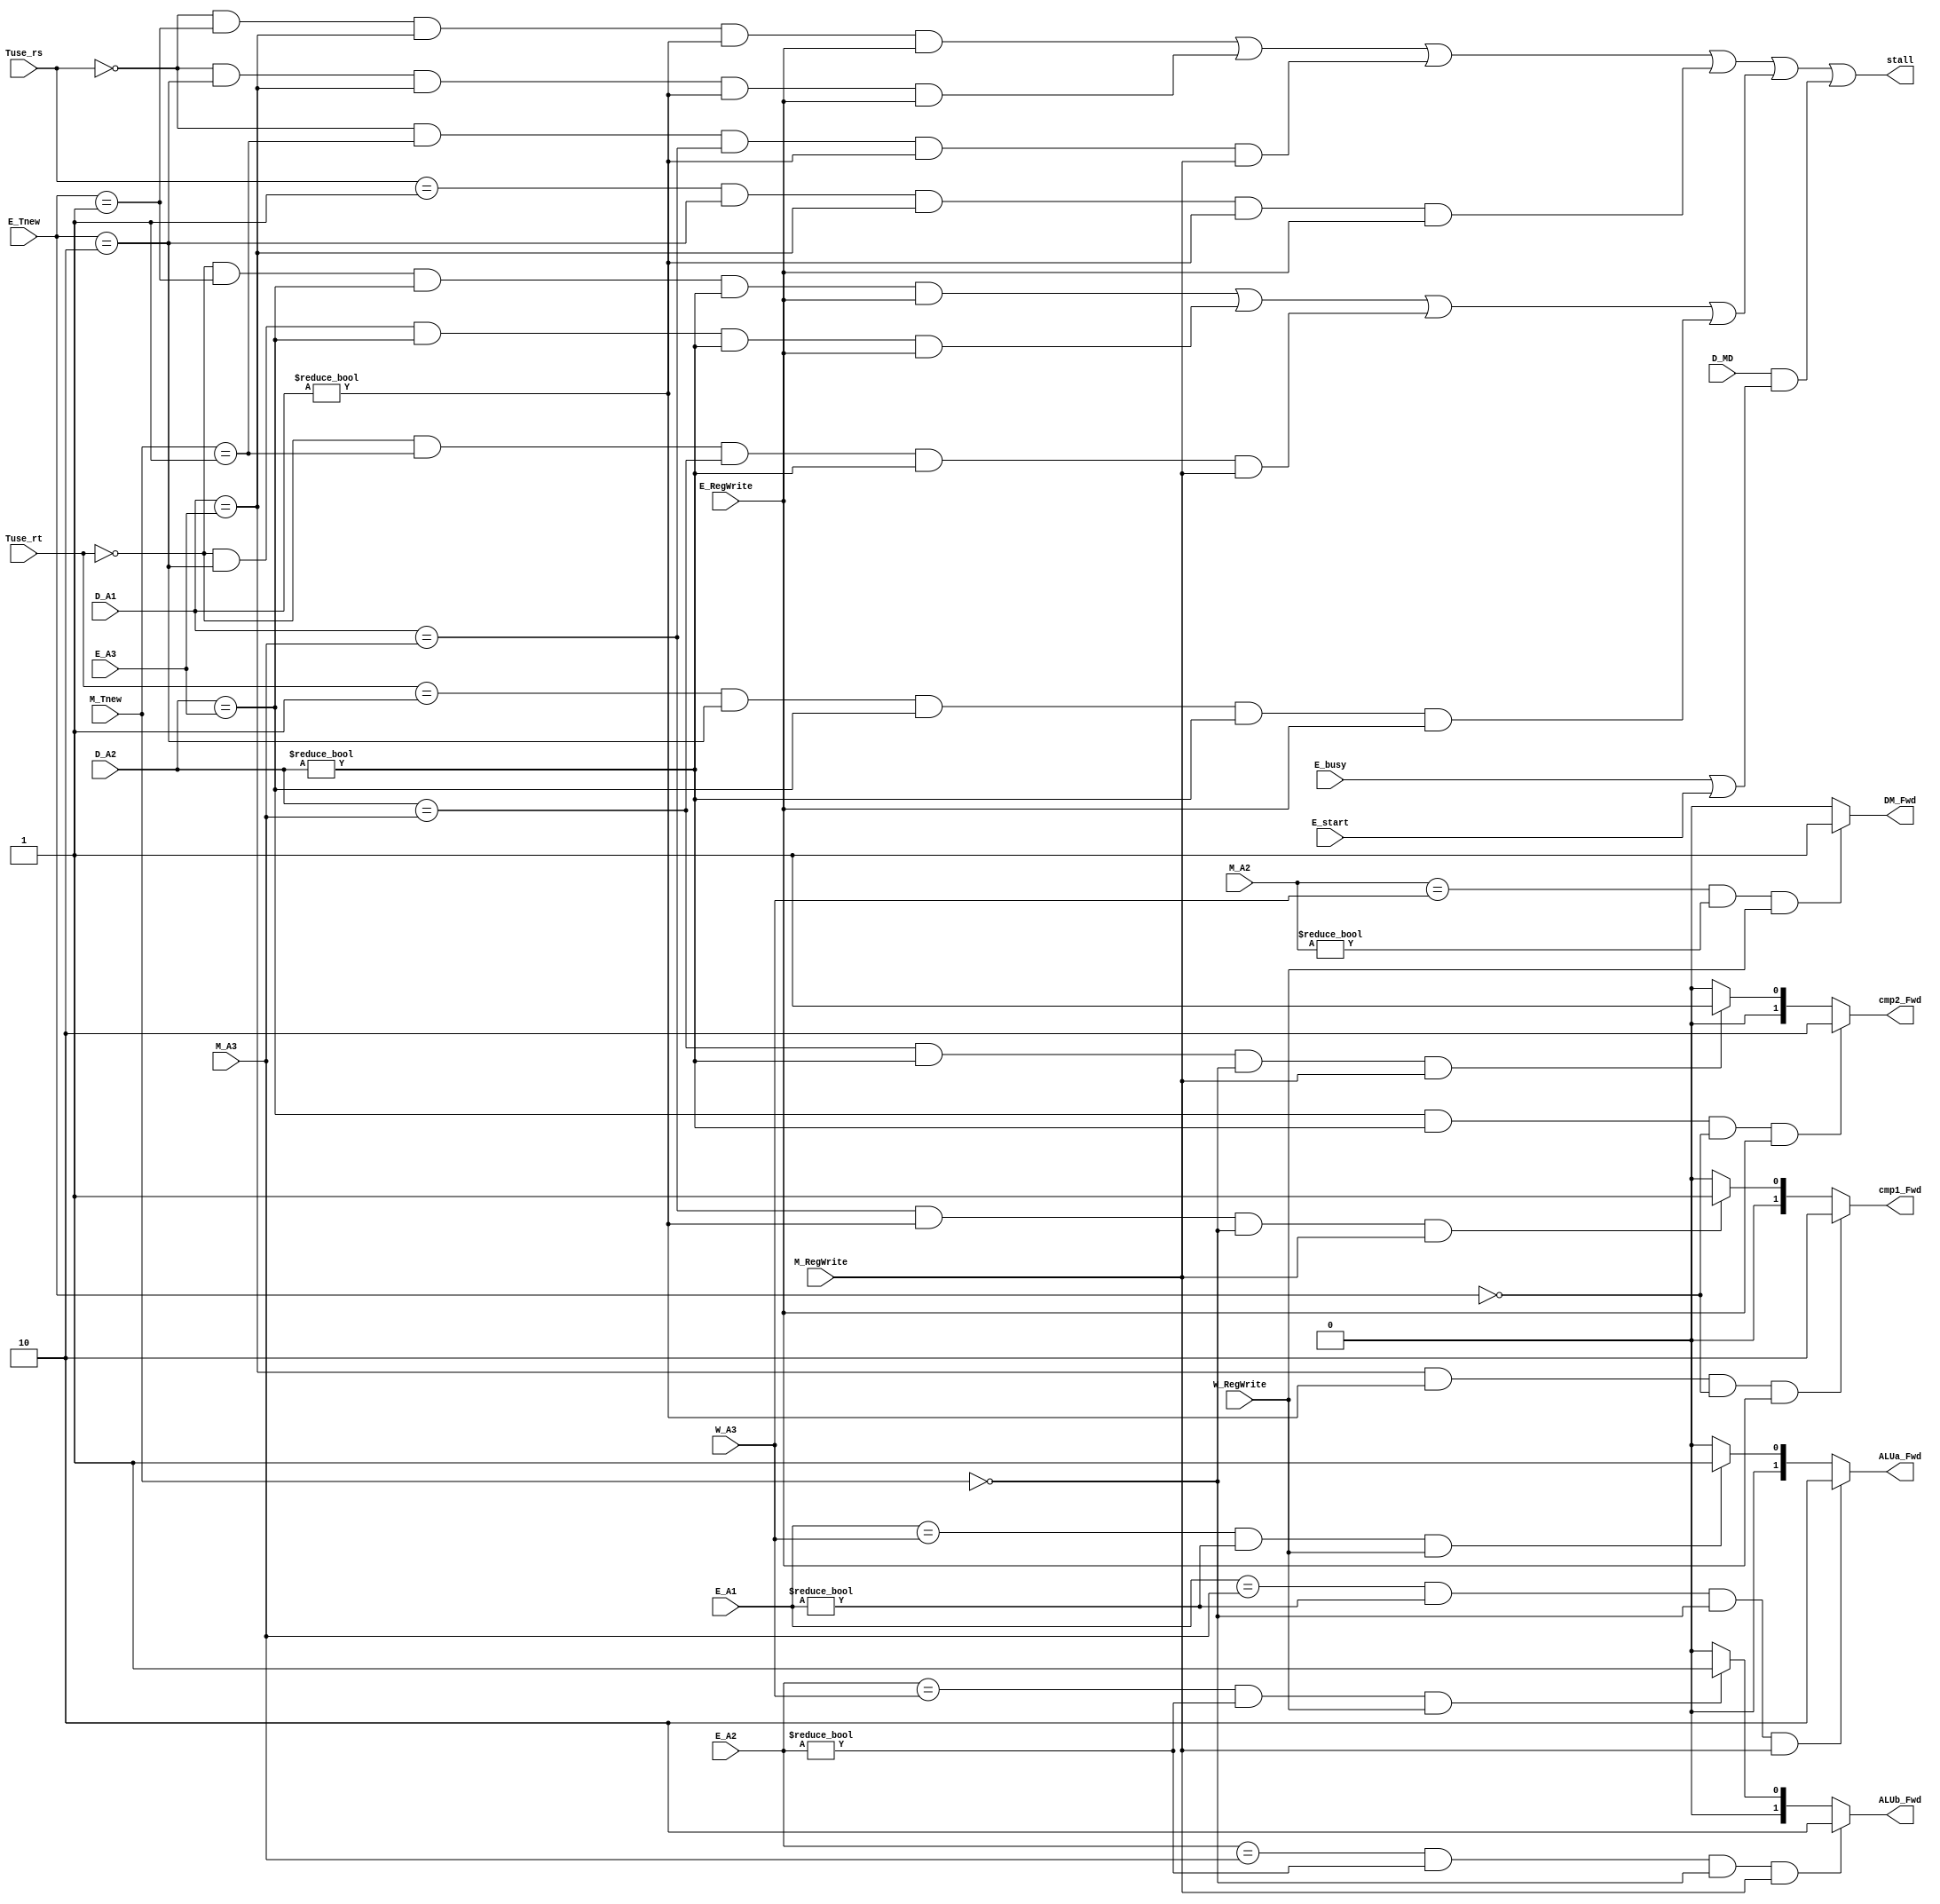
module HCU (
    //input
    input [1:0] Tuse_rs,
    input [1:0] Tuse_rt,
    input [1:0] E_Tnew,
    input [1:0] M_Tnew,
	input E_RegWrite,
	input M_RegWrite,
	input W_RegWrite,
    input [4:0] D_A1,
    input [4:0] D_A2,
    input [4:0] E_A1,
    input [4:0] E_A2,
    input [4:0] E_A3,
    input [4:0] M_A2,
    input [4:0] M_A3,
    input [4:0] W_A3,
    input D_MD,
    input E_busy,
    input E_start,
    //output
    output stall,
    output [1:0] cmp1_Fwd,
    output [1:0] cmp2_Fwd,
    output [1:0] ALUa_Fwd,
    output [1:0] ALUb_Fwd,
    output DM_Fwd
);
    //W_Tnew = 2'b00
	 wire [1:0] W_Tnew;
	 assign W_Tnew = 2'b00;
	 
    //stall
    //stall_rs
    wire stall_rs0_e1,stall_rs0_e2,stall_rs0_m1,stall_rs1_e2;
    assign stall_rs0_e1 = (Tuse_rs == 2'b00) && (E_Tnew == 2'b01) && (D_A1 == E_A3) && (D_A1 != 5'b00000) && E_RegWrite;
    assign stall_rs0_e2 = (Tuse_rs == 2'b00) && (E_Tnew == 2'b10) && (D_A1 == E_A3) && (D_A1 != 5'b00000) && E_RegWrite;
    assign stall_rs0_m1 = (Tuse_rs == 2'b00) && (M_Tnew == 2'b01) && (D_A1 == M_A3) && (D_A1 != 5'b00000) && M_RegWrite;
    assign stall_rs1_e2 = (Tuse_rs == 2'b01) && (E_Tnew == 2'b10) && (D_A1 == E_A3) && (D_A1 != 5'b00000) && E_RegWrite;
    //stall_rt
    wire stall_rt0_e1,stall_rt0_e2,stall_rt0_m1,stall_rt1_e2;
    assign stall_rt0_e1 = (Tuse_rt == 2'b00) && (E_Tnew == 2'b01) && (D_A2 == E_A3) && (D_A2 != 5'b00000) && E_RegWrite;
    assign stall_rt0_e2 = (Tuse_rt == 2'b00) && (E_Tnew == 2'b10) && (D_A2 == E_A3) && (D_A2 != 5'b00000) && E_RegWrite;
    assign stall_rt0_m1 = (Tuse_rt == 2'b00) && (M_Tnew == 2'b01) && (D_A2 == M_A3) && (D_A2 != 5'b00000) && M_RegWrite;
    assign stall_rt1_e2 = (Tuse_rt == 2'b01) && (E_Tnew == 2'b10) && (D_A2 == E_A3) && (D_A2 != 5'b00000) && E_RegWrite;
    //stall_MD
    wire stall_MD;
    assign stall_MD = D_MD && (E_busy || E_start);
    //stall
    wire stall_rs,stall_rt;
    assign stall_rs = stall_rs0_e1 || stall_rs0_e2 || stall_rs0_m1 || stall_rs1_e2;
    assign stall_rt = stall_rt0_e1 || stall_rt0_e2 || stall_rt0_m1 || stall_rt1_e2;
    assign stall = stall_rs || stall_rt || stall_MD;

    //Hazard
    assign cmp1_Fwd = ((D_A1 == E_A3) && (D_A1 != 5'b00000) && (E_Tnew == 2'b00) && E_RegWrite) ? 2'b10:
	                   ((D_A1 == M_A3) && (D_A1 != 5'b00000) && (M_Tnew == 2'b00) && M_RegWrite) ? 2'b01 :
                      2'b00;
    assign cmp2_Fwd = ((D_A2 == E_A3) && (D_A2 != 5'b00000) && (E_Tnew == 2'b00) && E_RegWrite) ? 2'b10:
	                   ((D_A2 == M_A3) && (D_A2 != 5'b00000) && (M_Tnew == 2'b00) && M_RegWrite) ? 2'b01 :
                      2'b00;
    assign ALUa_Fwd = ((E_A1 == M_A3) && (E_A1 != 5'b00000) && (M_Tnew == 2'b00) && M_RegWrite ) ? 2'b10 :
                      ((E_A1 == W_A3) && (E_A1 != 5'b00000) && (W_Tnew == 2'b00) && W_RegWrite) ? 2'b01 :
                      2'b00;
    assign ALUb_Fwd = ((E_A2 == M_A3) && (E_A2 != 5'b00000) && (M_Tnew == 2'b00) && M_RegWrite ) ? 2'b10 :
                      ((E_A2 == W_A3) && (E_A2 != 5'b00000) && (W_Tnew == 2'b00) && W_RegWrite) ? 2'b01 :
                      2'b00;
    assign DM_Fwd = ((M_A2 == W_A3) && (M_A2 != 5'b00000) && (W_Tnew == 2'b00) && W_RegWrite) ? 1'b1 : 1'b0;
endmodule